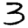
Digit: 3